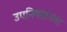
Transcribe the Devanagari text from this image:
उपनिषदांनंतर